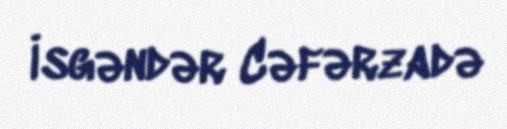
İsgəndər Cəfərzadə